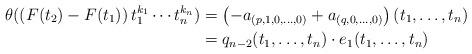
LaTeX: \begin{align*}\theta( (F(t_2) - F(t_1))\,t_1^{k_1}\cdots t_n^{k_n}) & = \left(-a_{(p,1,0,\dots,0)} + a_{(q,0,\dots, 0)}\right)(t_1,\dots, t_n) \\& = q_{n-2}(t_1, \dots, t_n) \cdot e_1(t_1,\dots, t_n)\end{align*}